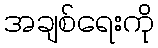
အချစ်ရေးကို